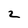
Character: 2